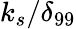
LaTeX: k_{s}/\delta_{99}